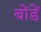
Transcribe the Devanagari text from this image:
बोंडें